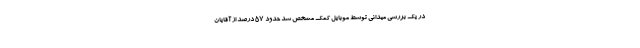
در یک بررسی میدانی توسط موبایل کمک مشخص شد حدود ۵۷ درصد از آقایان